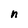
Character: n